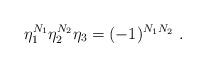
LaTeX: \begin{align*}\eta_1^{N_1}\eta_2^{N_2}\eta_3=(-1)^{N_1N_2} \ .\end{align*}